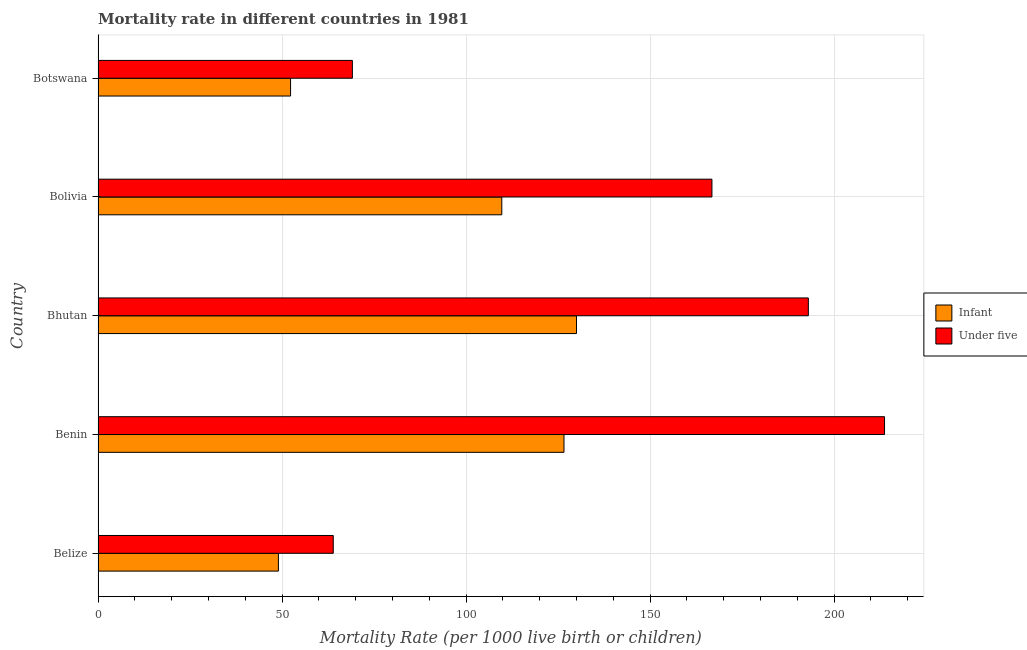
| Country | Infant | Under five |
 | --- | --- | --- |
 | Belize | 49 | 63.9 |
 | Benin | 127 | 214 |
 | Bhutan | 130 | 193 |
 | Bolivia | 110 | 167 |
 | Botswana | 52.3 | 69.1 |